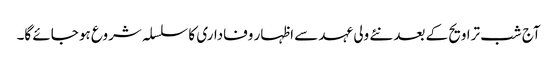
آج شب تراویح کے بعد نئے ولی عہد سے اظہار وفاداری کا سلسلہ شروع ہو جائے گا۔